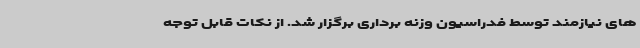
های نیازمند توسط فدراسیون وزنه برداری برگزار شد. از نکات قابل توجه